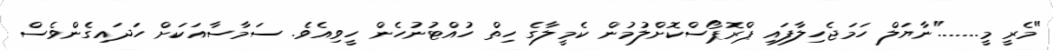
"މެރީ މީ......."ނާޔަލް ހަމަޖެހިލާފައި ޕްރޮޕޯސްކޮށްލުމުން ކެމީލާގެ ހިތް ހުއްޓުނުހެން ހީވިއެވެ. ސަމާސާއަކަށް ހަދައިގެންވެސް